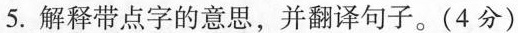
5.解释点字的意思，并翻译句子。(4分)